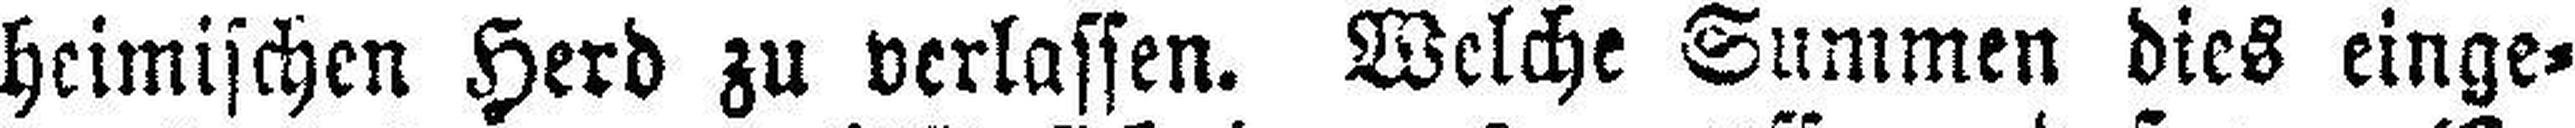
heimischen Herd zu verlassen. Welche Summen dies einge¬